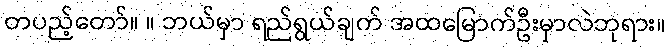
တပည့်တော်။ ။ ဘယ်မှာ ရည်ရွယ်ချက် အထမြောက်ဦးမှာလဲဘုရား။